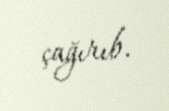
çağırıb.